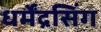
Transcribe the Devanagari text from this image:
धर्मेंद्रसिंग